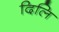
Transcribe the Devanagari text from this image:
दिलि